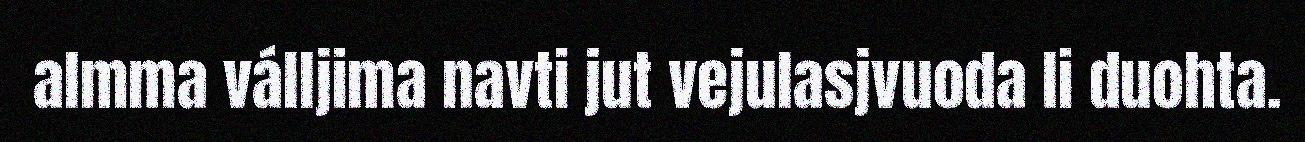
almma válljima navti jut vejulasjvuoda li duohta.